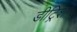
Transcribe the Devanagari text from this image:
डीट्रिश